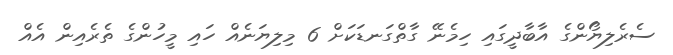
ސެރެލިޔޯންގެ އާބާދީގައި ހިމެނޭ ގާތްގަނޑަކަށް 6 މިލިޔަނެއް ހައި މީހުންގެ ތެރެއިން އެއް